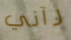
رآني